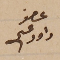
عضو داود عسى